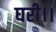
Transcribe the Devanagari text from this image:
घरी।।